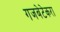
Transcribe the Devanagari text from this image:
गजबेटेकरा